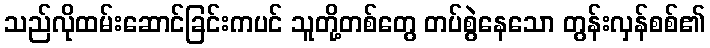
သည်လိုထမ်းဆောင်ခြင်းကပင် သူတို့တစ်တွေ တပ်စွဲနေသော တွန်းလှန်စစ်၏